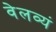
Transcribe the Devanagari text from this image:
वेलव्यं